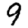
Digit: 9